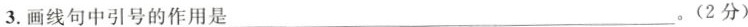
3..画线句中引号的作用是___。(2分)